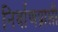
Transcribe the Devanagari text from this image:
निर्वाणप्राप्ती